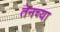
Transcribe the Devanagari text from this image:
तेनच्या